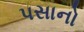
પસાનો